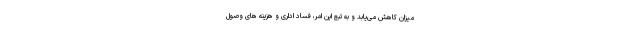
میزان کاهش می‌یابد و به تبع این امر، فساد اداری و هزینه های وصول